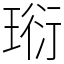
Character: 𤦷